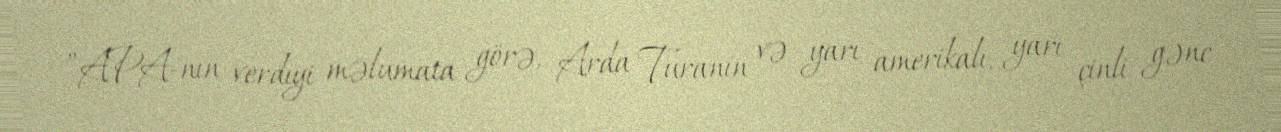
”APA-nın verdiyi məlumata görə, Arda Turanın və yarı amerikalı, yarı çinli gənc